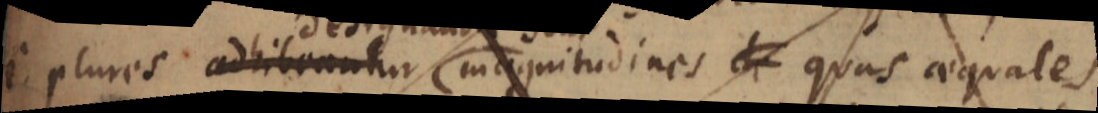
i plures adhibeantur magnitudines de quas aequales